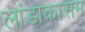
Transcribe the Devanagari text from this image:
लांडाकासम